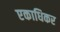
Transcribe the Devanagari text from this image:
एकाधिकर